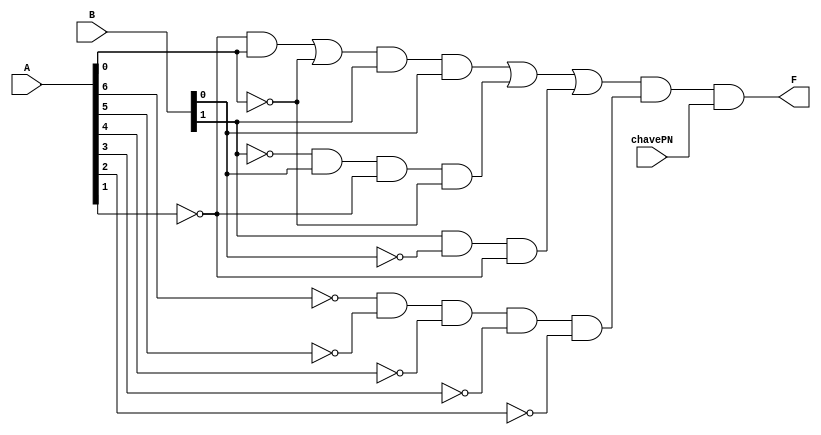
module comparadorDeMagnitude( chavePN, A, B, F);
	input chavePN;
	input [6:0] A;
	input [1:0] B;
	output F;
	//Expresso 
	//F = x a6 a5 a4 a3 a2 (b1 b0 a1 a0 + b1 b0 a1 + b1 b0 (a0 + a1 a0))
	
	wire AN6, AN5, AN4, AN3, AN2, AN1, AN0 ;
	not (AN6, A[6]);
	not (AN5, A[5]);
	not (AN4, A[4]);
	not (AN3, A[3]);
	not (AN2, A[2]);
	not (AN1, A[1]);
	not (AN0, A[0]);
	
	wire BN1, BN0;
	not (BN1, B[1]);
	not (BN0, B[0]);
	
	wire AL5, AL4,AL3 , AL2, AL1, AL0;
	//x a6 a5 a4 a3 a2
	and And6(AL0, AN6, AN5, AN4, AN3, AN2);
	//b1 b0 a1 a0
	and And1(AL1, BN1, B[0], AN1, AN0);	
	//b1 b0 a1
	and And2(AL2, B[1], BN0, AN1);
	//a1 a0
	and And3(AL4, AN1, A[0]);
	
	wire OL3, OL2, OL1, OL0;
	or Or2(OL0, AL4, AN0);
	and And4 (AL3, OL0, B[1], B[0]);
	or Or1(OL1,AL3, AL1, AL2);
	and and05 (F, OL1, AL0, chavePN);
		
endmodule